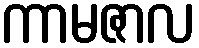
ကာမဇာလ